Medical and sanitary report on the native army of Bombay for the year
Year: 1877
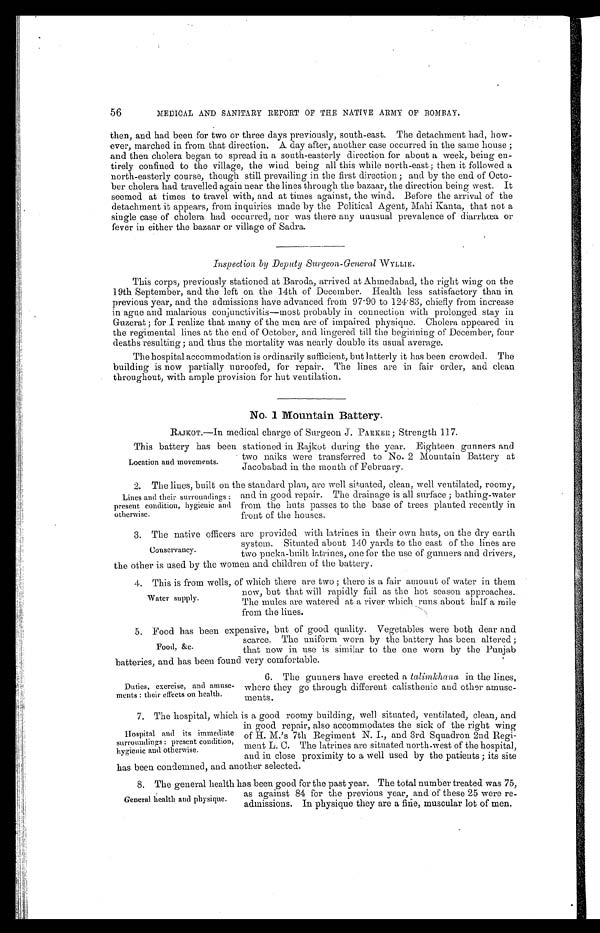
56
MEDICAL AND SANITARY REPORT OF THE NATIVE ARMY OF BOMBAY.
then, and had been for two or three days previously, south-east. The detachment had, how
-
ever, marched in from that direction. A day after, another case occurred in the same house;
and then cholera began to spread in a south-easterly direction for about a week, being en
-
tirely confined to the village, the wind being all this while north-east; then it followed a
north-easterly course, though still prevailing in the first direction; and by the end of Octo
-
ber cholera had travelled again near the lines through the bazaar, the direction being west. It
seemed at times to travel with, and at times against, the wind. Before the arrival of the
detachment it appears, from inquiries made by the Political Agent, Mahi Banta, that not a
single case of cholera had occurred, nor was there any unusual prevalence of diarrhœa or
fever in either the bazaar or village of Sadra.
Inspection by Deputy Surgeon-General WYLLIE.
This corps, previously stationed at Baroda, arrived at Ahmedabad, the right wing on the
19th September, and the left on the 14th of December. Health less satisfactory than in
previous year, and the admissions have advanced from 97.90 to 124.83, chiefly from increase
in ague and malarious conjunctivitis—most probably in connection with prolonged stay in
Guzerat; for I realize that many of the men are of impaired physique. Cholera appeared in
the regimental lines at the end of October, and lingered till the beginning of December, four
deaths resulting; and thus the mortality was nearly double its usual average.
The hospital accommodation is ordinarily sufficient, but latterly it has been crowded. The
building is now partially unroofed, for repair. The lines are in fair order, and clean
throughout, with ample provision for hut ventilation.
No. 1 Mountain Battery.
RAJKOT.—In medical charge of Surgeon J. PARKER; Strength 117.
This battery has been stationed in Rajkot during the year. Eighteen gunners and
two naiks were transferred to No. 2 Mountain Battery at
Jacobabad in the month of February.
2 . T h e l i n e s , b u i l t o n t h e s t a n d a r d p l a n , a r e w e l l s i t u a t e d , c l e a n , w e l l v e n t i l a t e d , r o o m y ,
and in good repair. The drainage is all surface; bathing-water
from the huts passes to the base of trees planted recently in
front of the houses,
3. The native officers are provided with latrines in their own huts, on the dry earth
system. Situated about 140 yards to the east of the lines are
two pucka-built latrines, one for the use of gunners and drivers,
the other is used by the women and children of the battery.
4 . T h i s i s f r o m w e l l s , o f w h i c h t h e r e a r e t w o ; t h e r e i s a f a i r a m o u n t o f w a t e r i n t h e m
now, but that will rapidly fail as the hot season approaches.
The mules are watered at a river which runs about half a mile
from the lines.
5 . F o o d h a s b e e n e x p e n s i v e , b u t o f g o o d q u a l i t y . V e g e t a b l e s w e r e b o t h d e a r a n d
scarce. The uniform worn by the battery has been altered;
that now in use is similar to the one worn by the Punjab
batteries, and has been found very comfortable.
Location and movements.
Lines and their surroundings:
present condition, hygienic and
otherwise.
Conservancy.
Water supply.
Food, &c.
Duties, exercise, and amuse
-ments: their effects on health.
6. The gunners have erected a talimkhana in the lines,
where they go through different calisthenic and other amuse
-
ments.
7. The hospital, which is a good roomy building, well situated, ventilated, clean, and
in good repair, also accommodates the sick of the right wing
of H. M.'s 7th Regiment N. I., and 3rd Squadron 2nd Regi
-
ment L. C. The latrines are situated north-west of the hospital,
and in close proximity to a well used by the patients; its site
has been condemned, and another selected.
Hospital and its immediate
surroundings: present condition,
hygienic and otherwise.
General health and physique.
8. The general health has been good for the past year. The total number treated was 75,
as against 84 for the previous year, and of these 25 were re-
admissions. In physique they are a fine, muscular lot of men.